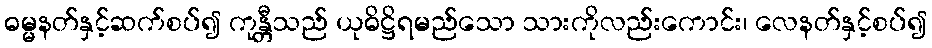
ဓမ္မနတ်နှင့်ဆက်စပ်၍ ကုန္တီသည် ယုဓိဋ္ဌိရမည်သော သားကိုလည်းကောင်း၊ လေနတ်နှင့်စပ်၍